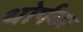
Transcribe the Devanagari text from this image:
थोर्पवर